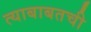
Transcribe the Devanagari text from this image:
त्याबाबतची